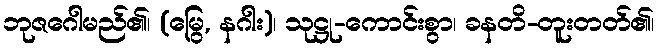
ဘုဇဂေါမည်၏၊ (မြွေ, နဂါး)၊ သုဋ္ဌု-ကောင်းစွာ၊ ခနတိ-တူးတတ်၏၊